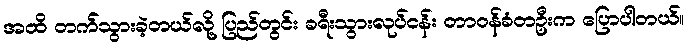
အထိ တက်သွားခဲ့တယ်လို့ ပြည်တွင်း ခရီးသွားလုပ်ငန်း တာဝန်ခံတဦးက ပြောပါတယ်။